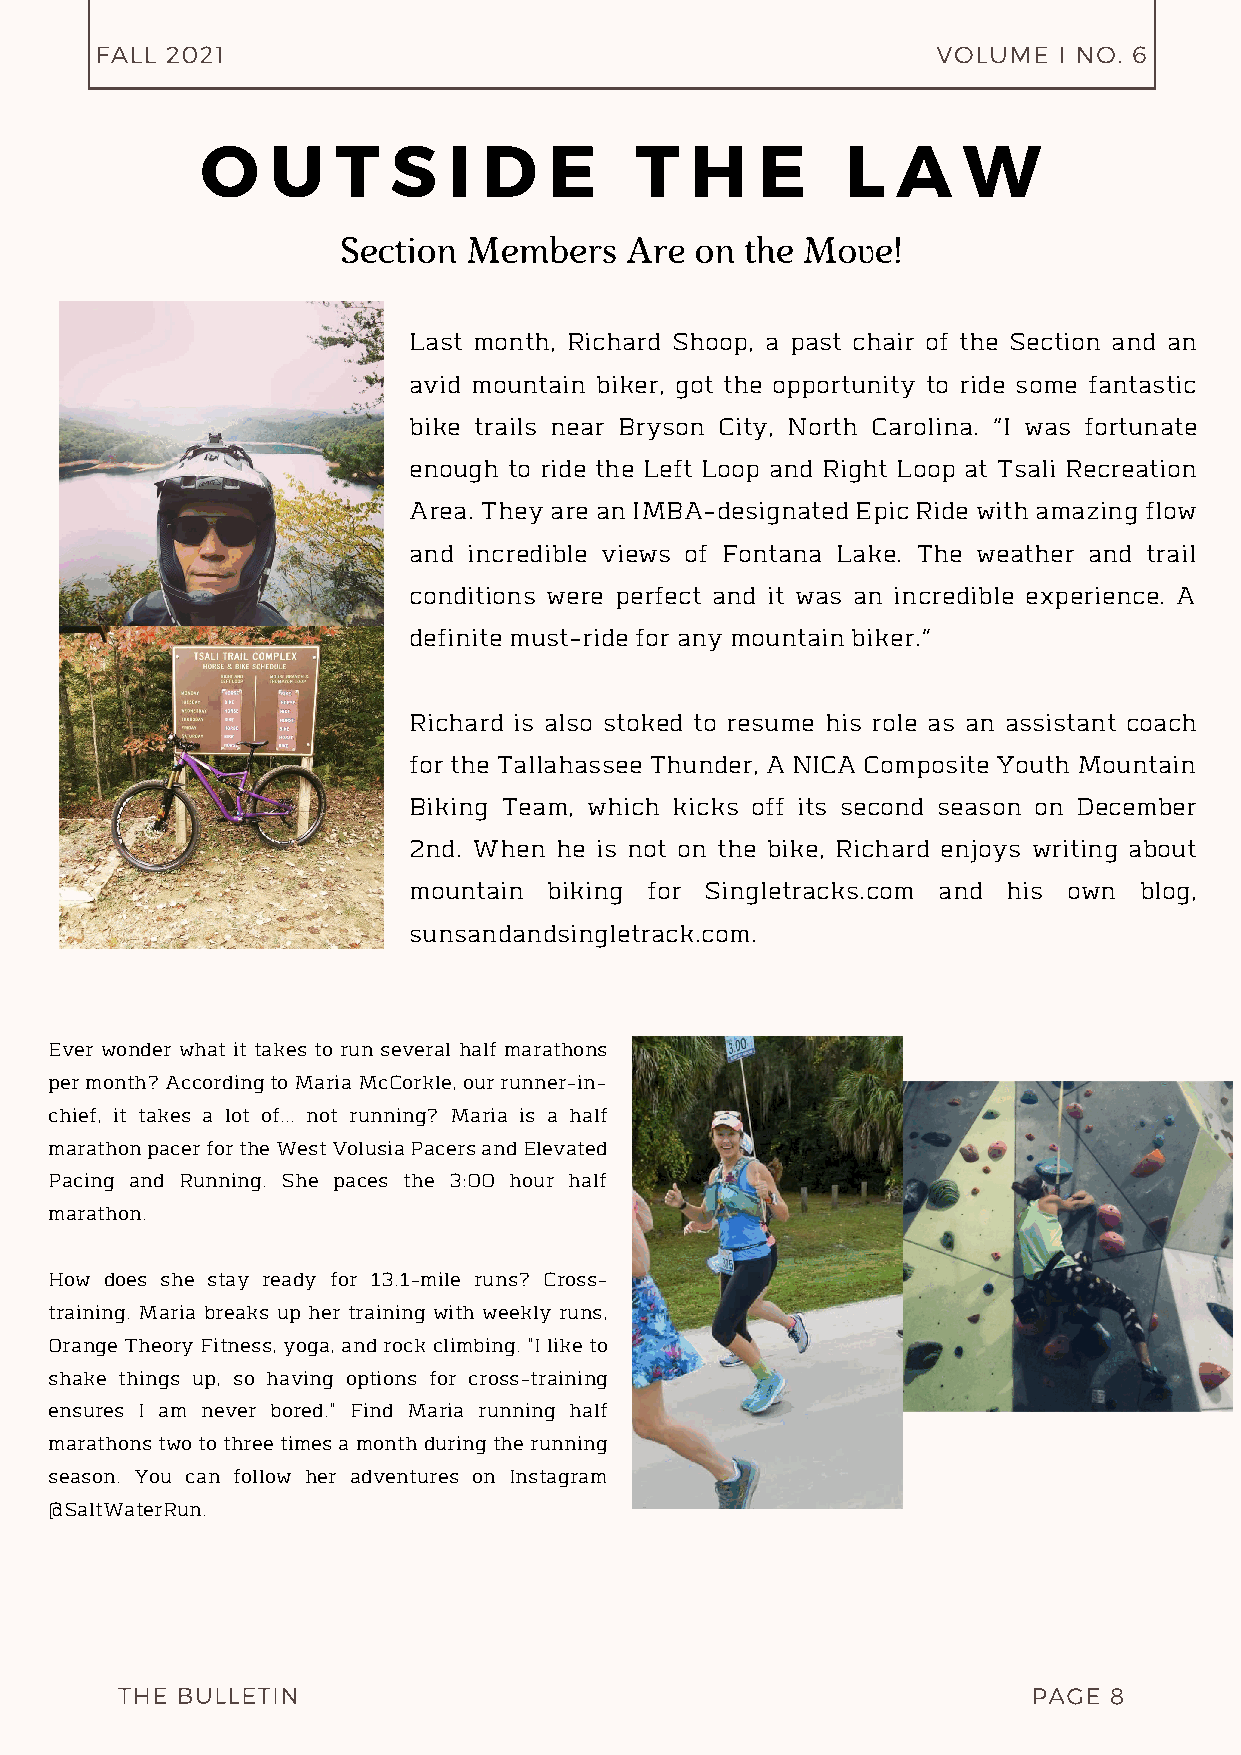
FALL 2021                                               VOLUME  I NO. 6
 O    U   T   S   I D   E     T   H   E     L  A    W
 Section Members   Are  on the Move!
 Last month, Richard Shoop, a past chair of the Section and an
 avid mountain biker, got the opportunity to ride some fantastic
 bike trails near Bryson City, North Carolina. “I was fortunate
 enough to ride the Left Loop and Right Loop at Tsali Recreation
 Area. They are an IMBA-designated Epic Ride with amazing flow
 and incredible views of Fontana Lake. The weather and trail
 conditions were perfect and it was an incredible experience. A
 definite must-ride for any mountain biker.”
 Richard is also stoked to resume his role as an assistant coach
 for the Tallahassee Thunder, A NICA Composite Youth Mountain
 Biking Team, which kicks off its second season on December
 2nd. When he is not on the bike, Richard enjoys writing about
 mountain biking for Singletracks.com and his own blog,
 sunsandandsingletrack.com.
 Ever wonder what it takes to run several half marathons
 per month? According to Maria McCorkle, our runner-in-
 chief, it takes a lot of... not running? Maria is a half
 marathon pacer for the West Volusia Pacers and Elevated
 Pacing and Running. She paces the 3:00 hour half
 marathon.
 How does she stay ready for 13.1-mile runs? Cross-
 training. Maria breaks up her training with weekly runs,
 Orange Theory Fitness, yoga, and rock climbing. "I like to
 shake things up, so having options for cross-training
 ensures I am never bored." Find Maria running half
 marathons two to three times a month during the running
 season. You can follow her adventures on Instagram
 @SaltWaterRun.
 THE BULLETIN                                                PAGE 8